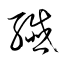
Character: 纎